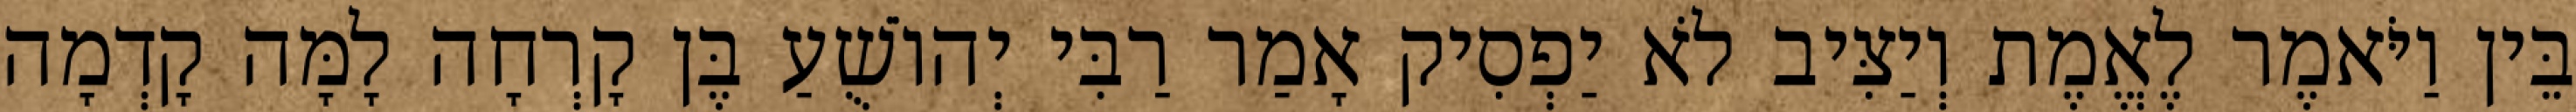
בֵּין וַיֹּאמֶר לֶאֱמֶת וְיַצִּיב לֹא יַפְסִיק אָמַר רַבִּי יְהוֹשֻׁעַ בֶּן קָרְחָה לָמָּה קָדְמָה